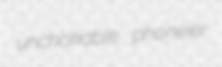
unchokable phoneier